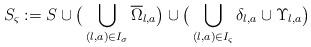
LaTeX: \begin{align*} S_\varsigma:=S\cup \big( \bigcup_{(l,a)\in I_\sigma} \overline \Omega_{l,a}\big) \cup \big (\bigcup_{(l,a)\in I_\varsigma} \delta_{l,a}\cup \Upsilon_{l,a}\big)\end{align*}